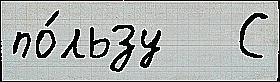
по́льзу   С